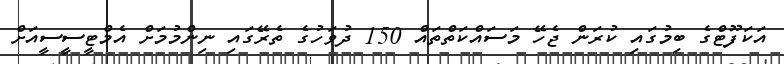
އަކަފޫޓްގެ ބިމުގައި ކުރަން ޖެހޭ މަސައްކަތްތައް 150 ދުވަހުގެ ތެރޭގައި ނިންމުމަށް އެމްޓީސީސީއަށް